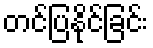
တင်ပြနိုင်ခြင်း